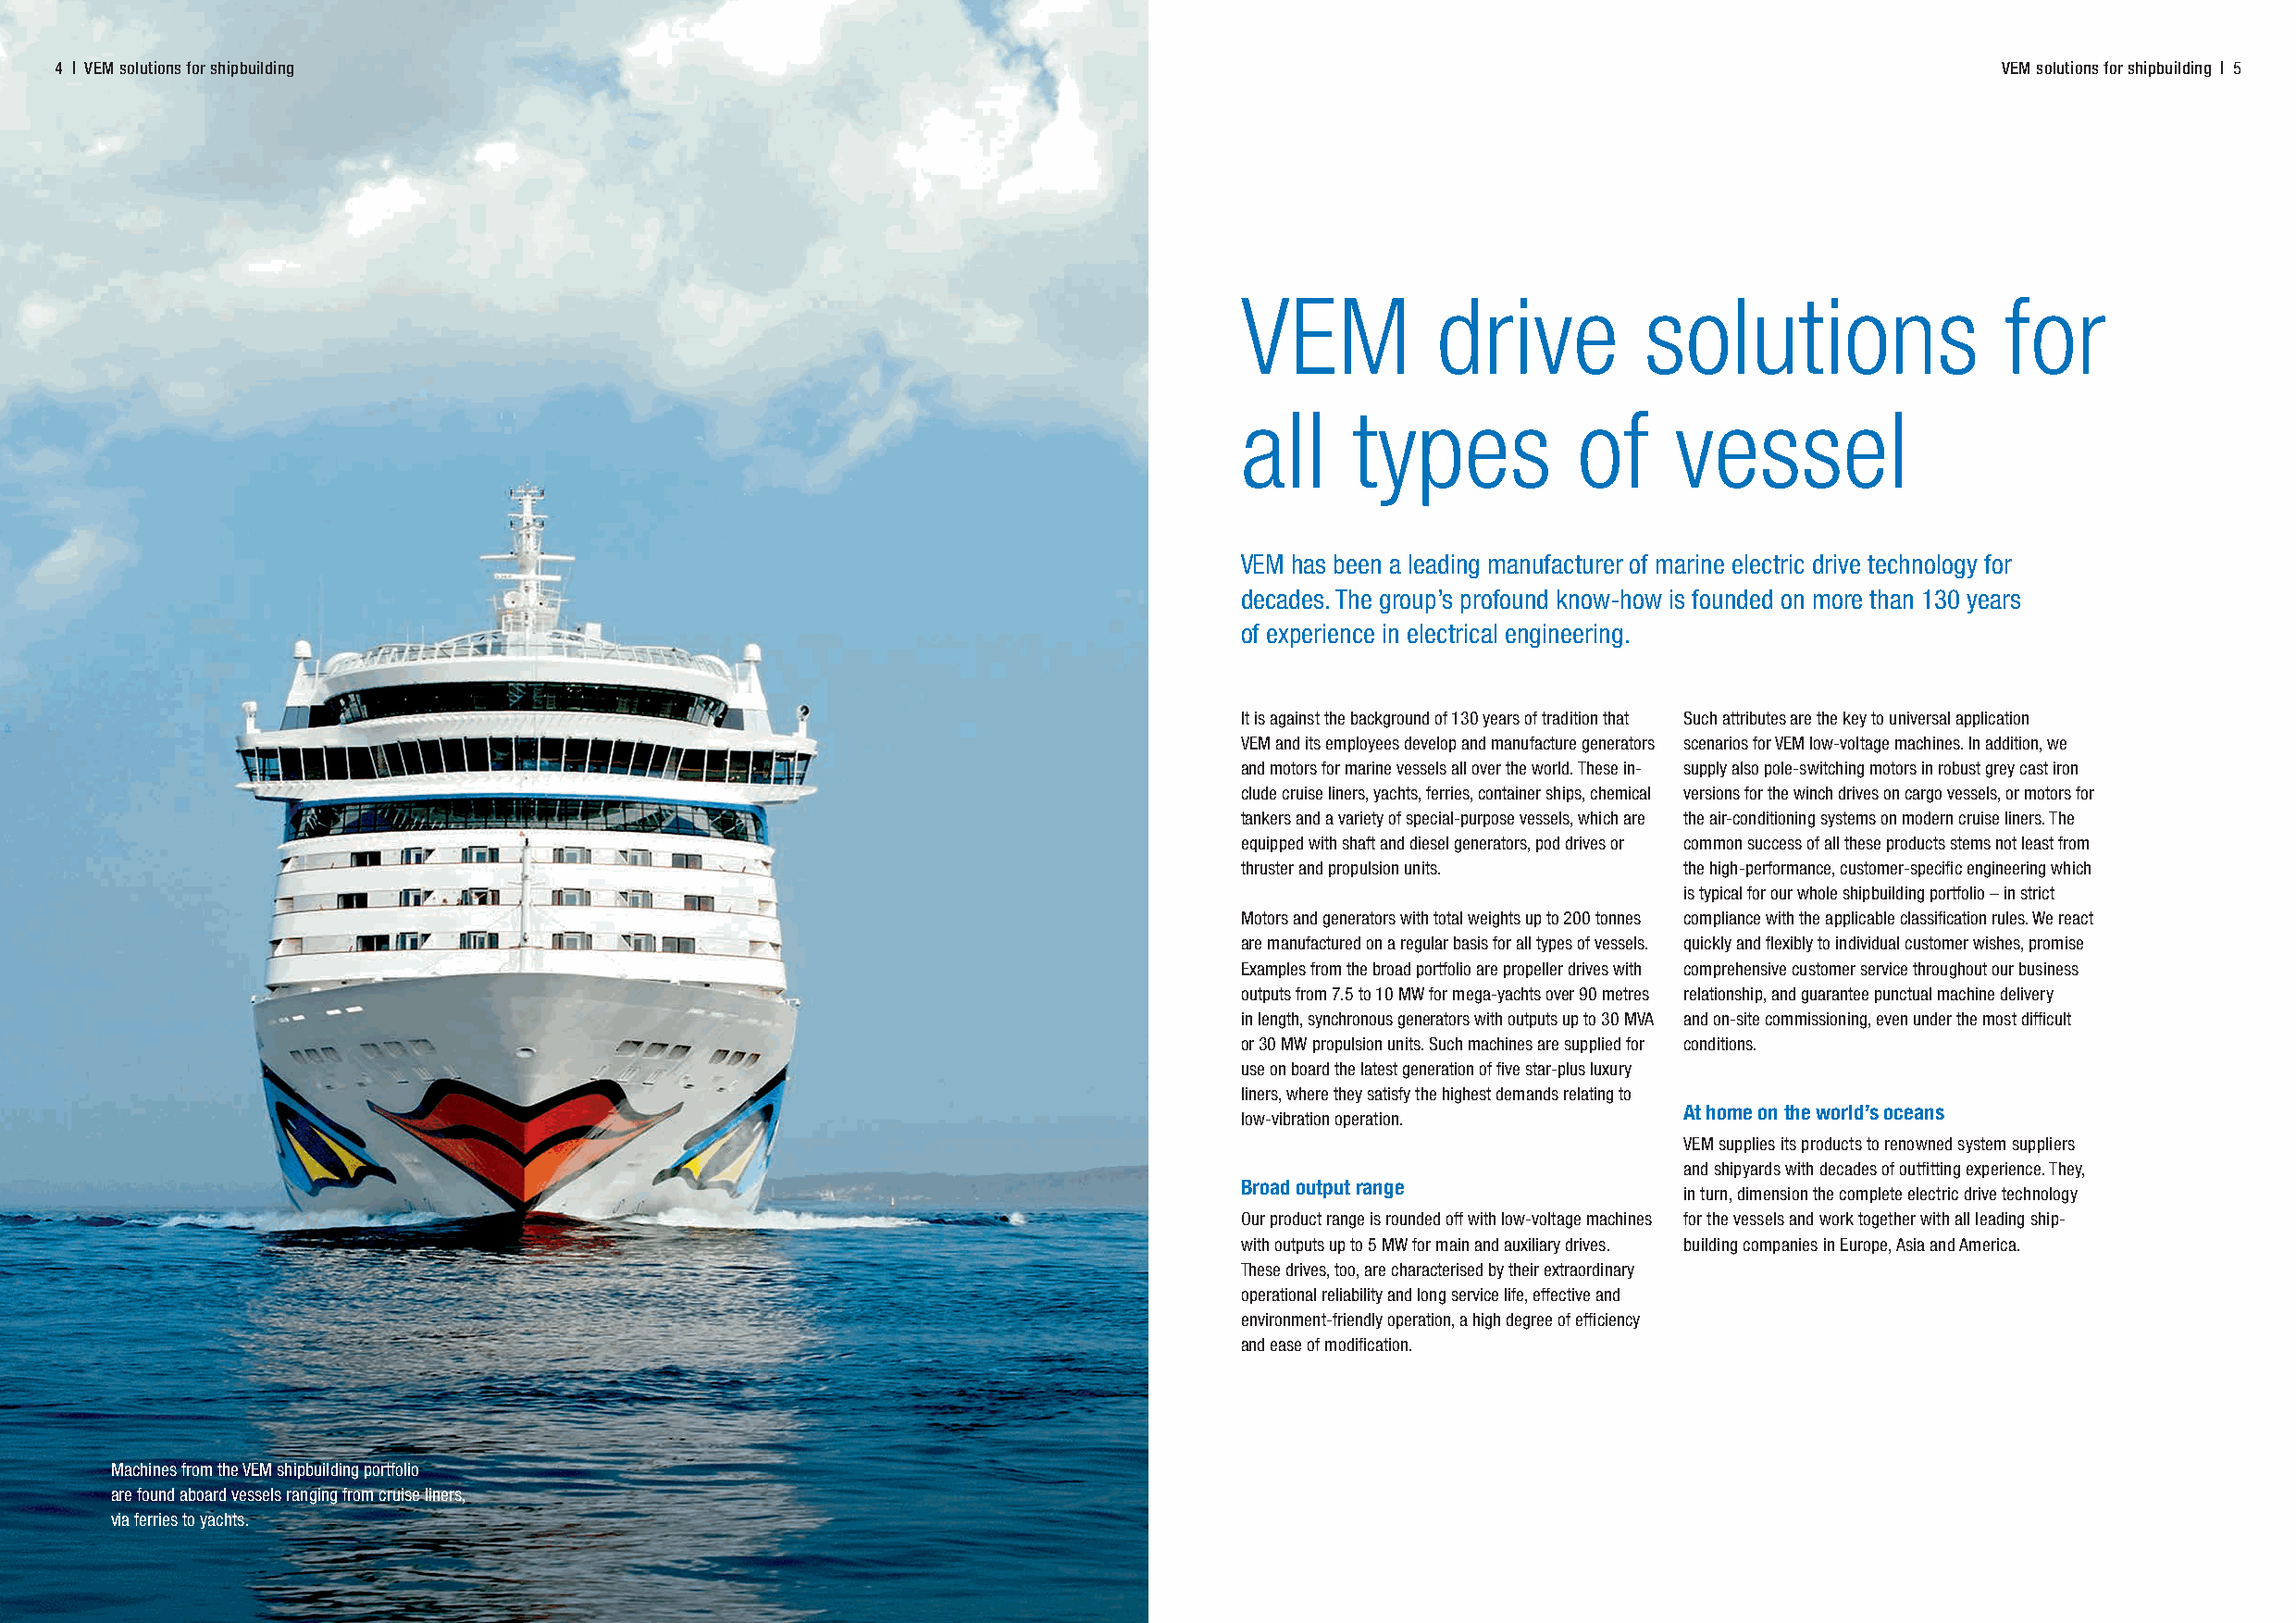
4 | VEM solutions for shipbuilding                                                                                                         VEM solutions for shipbuilding | 5
 VEM           drive          solutions                for
 all     types           of     vessel
 VEM has been a leading manufacturer of marine electric drive technology for
 decades. The group’s profound know-how is founded on more than 130 years
 of experience in electrical engineering.
 It is against the background of 130 years of tradition that Such attributes are the key to universal application
 VEM and its employees develop and manufacture generators scenarios for VEM low-voltage machines. In addition, we
 and motors for marine vessels all over the world. These in- supply also pole-switching motors in robust grey cast iron
 clude cruise liners, yachts, ferries, container ships, chemical versions for the winch drives on cargo vessels, or motors for
 tankers and a variety of special-purpose vessels, which are the air-conditioning systems on modern cruise liners. The
 equipped with shaft and diesel generators, pod drives or common success of all these products stems not least from
 thruster and propulsion units. the high-performance, customer-specific engineering which
 is typical for our whole shipbuilding portfolio – in strict
 Motors and generators with total weights up to 200 tonnes compliance with the applicable classification rules. We react
 are manufactured on a regular basis for all types of vessels. quickly and flexibly to individual customer wishes, promise
 Examples from the broad portfolio are propeller drives with comprehensive customer service throughout our business
 outputs from 7.5 to 10 MW for mega-yachts over 90 metres relationship, and guarantee punctual machine delivery
 in length, synchronous generators with outputs up to 30 MVA and on-site commissioning, even under the most difficult
 or 30 MW propulsion units. Such machines are supplied for conditions.
 use on board the latest generation of five star-plus luxury
 liners, where they satisfy the highest demands relating to
 At home on the world’s oceans
 low-vibration operation.
 VEM supplies its products to renowned system suppliers
 and shipyards with decades of outfitting experience. They,
 Broad output range
 in turn, dimension the complete electric drive technology
 Our product range is rounded off with low-voltage machines for the vessels and work together with all leading ship-
 with outputs up to 5 MW for main and auxiliary drives. building companies in Europe, Asia and America.
 These drives, too, are characterised by their extraordinary
 operational reliability and long service life, effective and
 environment-friendly operation, a high degree of efficiency
 and ease of modification.
 Das VEM-Portfolio im Schiffbau reicht von Kreuzfahrtschiffen
 Machines from the VEM shipbuilding portfolio                                                                           über Fähren und Forschungsschiffe bis zu Yachten.
 are found aboard vessels ranging from cruise liners,
 via ferries to yachts.